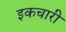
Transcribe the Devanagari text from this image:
इकचारी